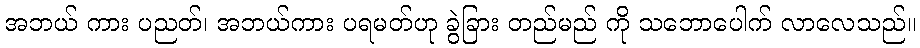
အဘယ် ကား ပညတ်၊ အဘယ်ကား ပရမတ်ဟု ခွဲခြား တည်မည် ကို သဘောပေါက် လာလေသည်။